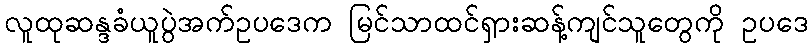
လူထုဆန္ဒခံယူပွဲအက်ဥပဒေက မြင်သာထင်ရှားဆန့်ကျင်သူတွေကို ဥပဒေ